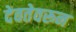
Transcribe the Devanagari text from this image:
देवतेवरून